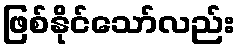
ဖြစ်နိုင်သော်လည်း